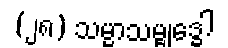
(၂၈) သမ္မာသမ္ဗုဒ္ဓေါ